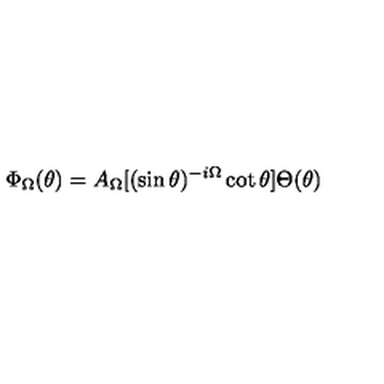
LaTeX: \Phi _ { \Omega } ( \theta ) = A _ { \Omega } [ ( \sin \theta ) ^ { - i \Omega } \cot \theta ] \Theta ( \theta )